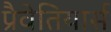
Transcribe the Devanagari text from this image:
प्रैवेतियार्स